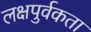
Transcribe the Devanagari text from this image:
लक्षपुर्वकता